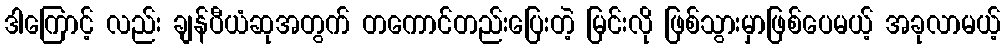
ဒါကြောင့် လည်း ချန်ပီယံဆုအတွက် တကောင်တည်းပြေးတဲ့ မြင်းလို ဖြစ်သွားမှာဖြစ်ပေမယ့် အခုလာမယ့်